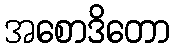
အစောဒိတော